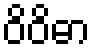
ဝိဝိဓာ